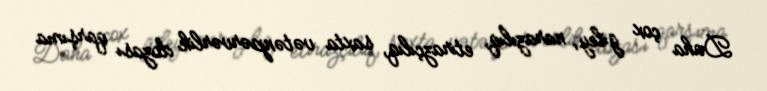
Daha çox giley, narazılıq, etirazçılıq, saxta vətənpərvərlik dozası qarşıma